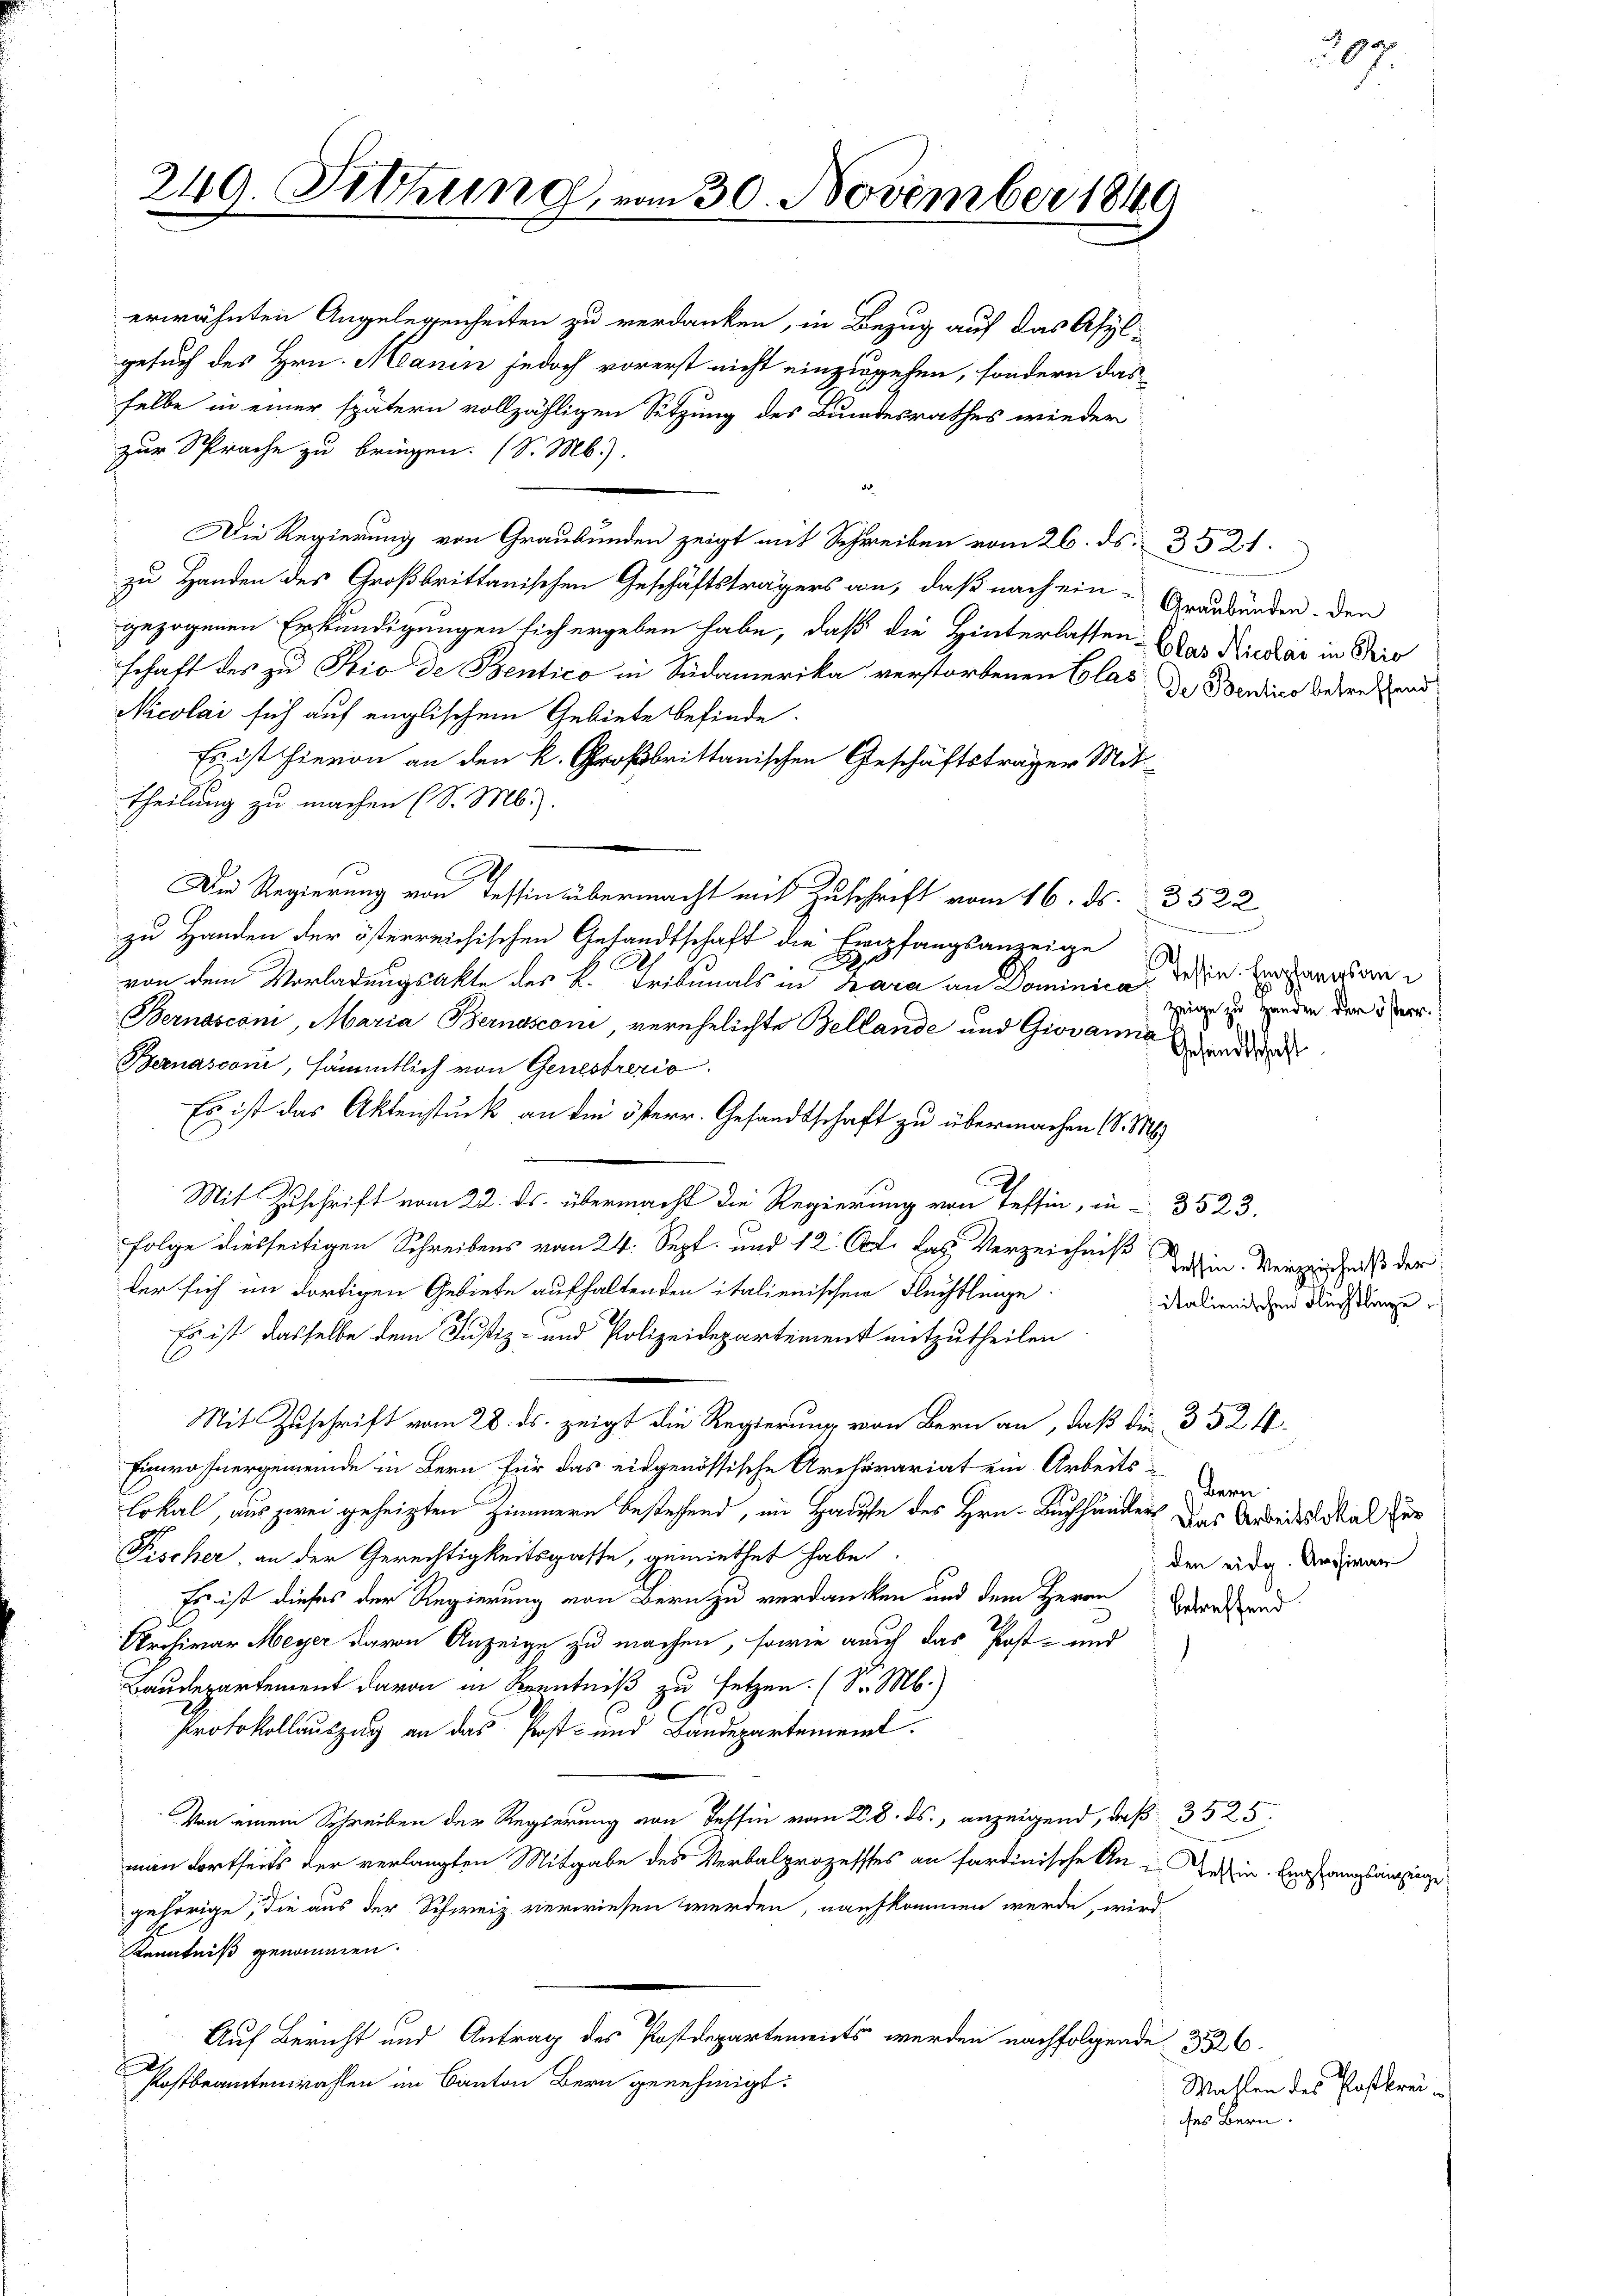
249. Fettung, vom 30. November 1840.

erwähnten Angelegenheiten zu verdanken, in Bezug auf das Asyl-
gesuch des Hrn. Manin jedoch vorerst nicht einzugehen, sondern das
selbe in einer spätern vollzähligen Sitzung des Bundesrathes wieder
zur Sprache zu bringen. (S. M.).
de
Die Regierung von Graubünden zeigt mit Schreiben vom 26. ds. 3521.
zu Handen des Großbrittanischen Geschäftsträgers an, daß nach ein-Graubünden. Den
gezogenen Erkundigungen sich ergeben habe, daß die Hinterlassen-Etas Nieder in Pro
schaft des zu Rio de Bentico in Südamerika verstorbenen Glas der Verdino betreffend
Nicolai sich auf englischem Gebiete befinde.
Es ist hievon an den k. Großbrittanischen Geschäftsträger Mittheilung zu machen (S. Mb).
C
d
Die Regierung von Tessin übermacht mit Zuschrift vom 16. ds. 3522
zu Handen der österreichischen Gesandtschaft die Empfangsanzeige
.
von dem Vorladungsakte des K. Tribunals in Zara an Dominica dessen. Eingangsan¬
Bernasconi, Maria Bernasconi, verehelichte Bellande und Giovanna und der
Bernasconi, sämmtlich von Genestrezio
Es ist das Aktenstück an die österr. Gesandtschaft zu übermachen (S. M
Mit Zuschrift vom 22. ds. übermacht die Regierung von Tessin, in 3523.
Folge diesseitigen Schreibens vom 24. Sept. und 12. Oct. das Verzeichniß dahin. Vermächtnis der
ter sich im dortigen Gebiete aufhaltenden italienischen Fluchtlinge.
italienischen Flüchtlinge
Es ist dasselbe dem Justiz- und Polizeidepartement mitzutheilen
Mit Zuschrift vom 28. ds. zeigt die Regierung von Bern an, daß die 352 f.
Einwohnergemeinde in Bern für das eidgenössische Archivariat ein Arbeits-
bern
lokal, aus zwei geheizten Zimmern bestehend, im Hause des Hrn. Buchhänders des Arbeitslokal zur
Fischer, an der Gerechtigkeitsgasse, gemiethet habe
 den eidg. Archivar
Es ist dieses der Regierung von Bern zu verdanken und dem Herrn Wesend
2
Archivar Meyer davon Anzeige zu machen, sowie auch das Post- und
Baudepartement davon in Kenntniß zu setzen. (S. M.)
Protokollauszug an das Post- und Baudepartement.
Von einem Schreiben der Regierung von Tessin vom 28. ds., anzeigend, daß 3525
man dortseits der verlangten Mitgabe des Verbalprozesses an sardinische An-
gehörige, die aus der Schweiz verwiesen werden, naufkommen werde, wird
Kenntniß genommen.
Auf Bericht und Antrag des Postdepartements werden nachfolgende 3226.
Postbeamtenwahlen im Canton Bern genehmigt:
Wahlen des Postkreides Bern.

.
zeige zu Handen der österr.

20

Tessin Empfangsanzeige